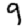
Digit: 9